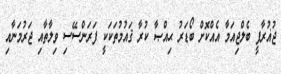
ޖުޣުރާފީ ބެލްޖިއަމާ އެއްކޮށް ބޯޑަރު ޙިއްޞާ ކުރާ ޤައުމުތަކަކީ ފަރަންސޭސި ވިލާތާއި ޖަރުމަނާއި